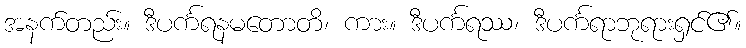
အနက်တည်း။ ဒီပင်္ကရနမတောတိ၊ ကား။ ဒီပင်္ကရဿ၊ ဒီပင်္ကရာဘုရားရှင်၏။